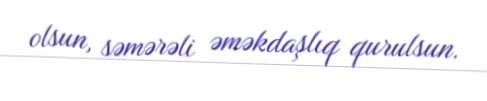
olsun, səmərəli əməkdaşlıq qurulsun.